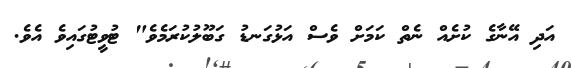
އަދި އޭނާގެ ކުށެއް ނެތް ކަމަށް ވެސް އަޅުގަނޑު ގަބޫލުކުރަމެވެ" ޓުވީޓުގައިވެ އެވެ.